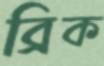
ব্রিক